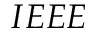
I E E E